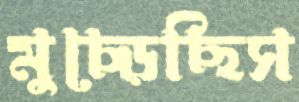
মুচ্‌ড়েছিস